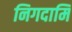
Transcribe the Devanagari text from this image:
निगदामि